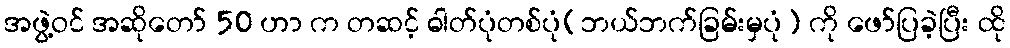
အဖွဲ့ဝင် အဆိုတော် 50 ဟာ က တဆင့် ဓါတ်ပုံတစ်ပုံ(ဘယ်ဘက်ခြမ်းမှပုံ) ကို ဖော်ပြခဲ့ပြီး ထို